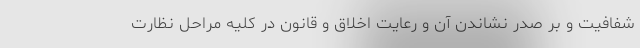
شفافیت و بر صدر نشاندن آن و رعایت اخلاق و قانون در کلیه مراحل نظارت